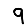
Digit: 9